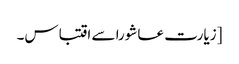
[زیارت عاشورا سے اقتباس۔